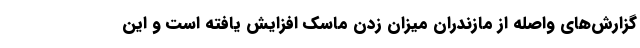
گزارش‌های واصله از مازندران میزان زدن ماسک افزایش یافته است و این